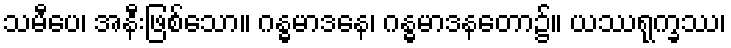
သမီပေ၊ အနီးဖြစ်သော။ ဂန္ဓမာဒနေ၊ ဂန္ဓမာဒနတော၌။ ယဿရုက္ခဿ၊